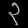
Digit: ၃